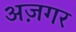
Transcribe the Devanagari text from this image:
अज़गर